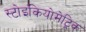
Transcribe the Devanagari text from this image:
स्टोइकियोमेट्रिक